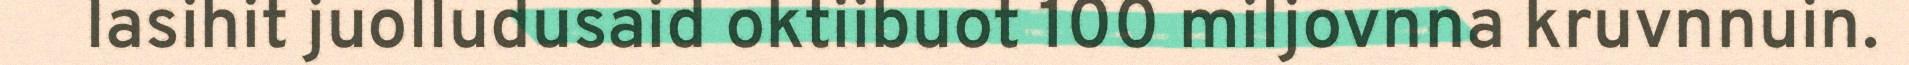
lasihit juolludusaid oktiibuot 100 miljovnna kruvnnuin.